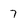
Character: 7